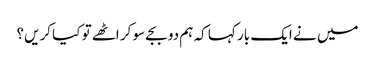
میں نے ایک بار کہا کہ ہم دو بجے سو کر اٹھے تو کیا کریں؟